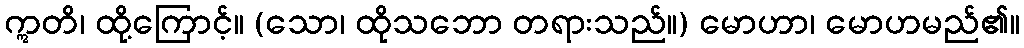
ဣတိ၊ ထို့ကြောင့်။ (သော၊ ထိုသဘော တရားသည်။) မောဟာ၊ မောဟမည်၏။